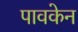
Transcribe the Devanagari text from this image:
पावकेन